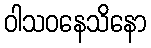
ဝါသဝနေသိနော